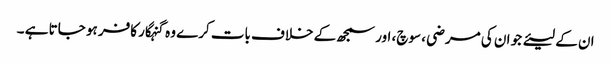
ان کے لیئے جو ان کی مرضی ، سوچ، اور سمجھ کے خلاف بات کرے وہ گنہگار کافر ہو جاتا ہے ۔